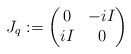
\begin{align*} J_q:= \begin{pmatrix} 0 & -iI \\ iI & 0 \end{pmatrix} \end{align*}